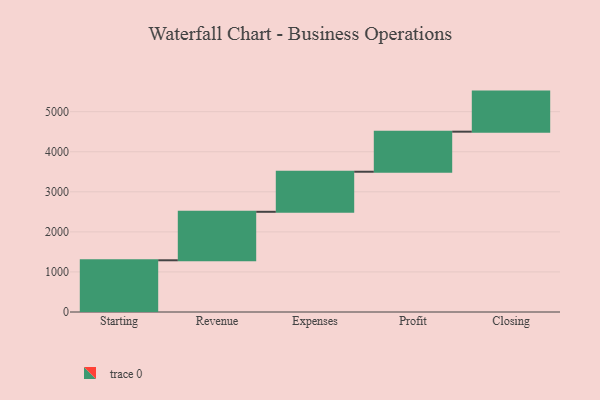
{"axis": {"x": "Step", "y": "Value"}, "legend": [""], "data": [{"x": "Starting", "y": 1291.0, "type": ""}, {"x": "Revenue", "y": 1210.0, "type": ""}, {"x": "Expenses", "y": 1000, "type": ""}, {"x": "Profit", "y": 1000, "type": ""}, {"x": "Closing", "y": 1000, "type": ""}]}